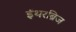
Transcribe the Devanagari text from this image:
ईथरब्रिज